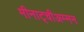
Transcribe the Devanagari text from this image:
मीनाट्चीअम्मन